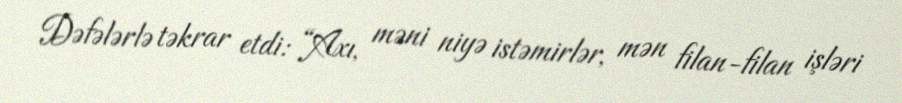
Dəfələrlə təkrar etdi: “Axı, məni niyə istəmirlər, mən filan-filan işləri